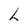
Character: L